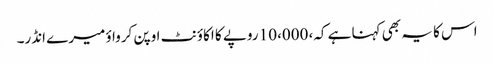
اس کا یہ بھی کہنا ہے کہ، 10،000 روپے کا اکاؤنٹ اوپن کرواؤ میرے انڈر۔